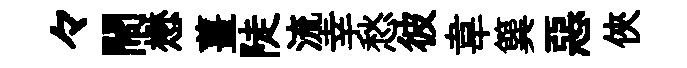
々閙懋薑陡流幸愁彼韋簨惡俠